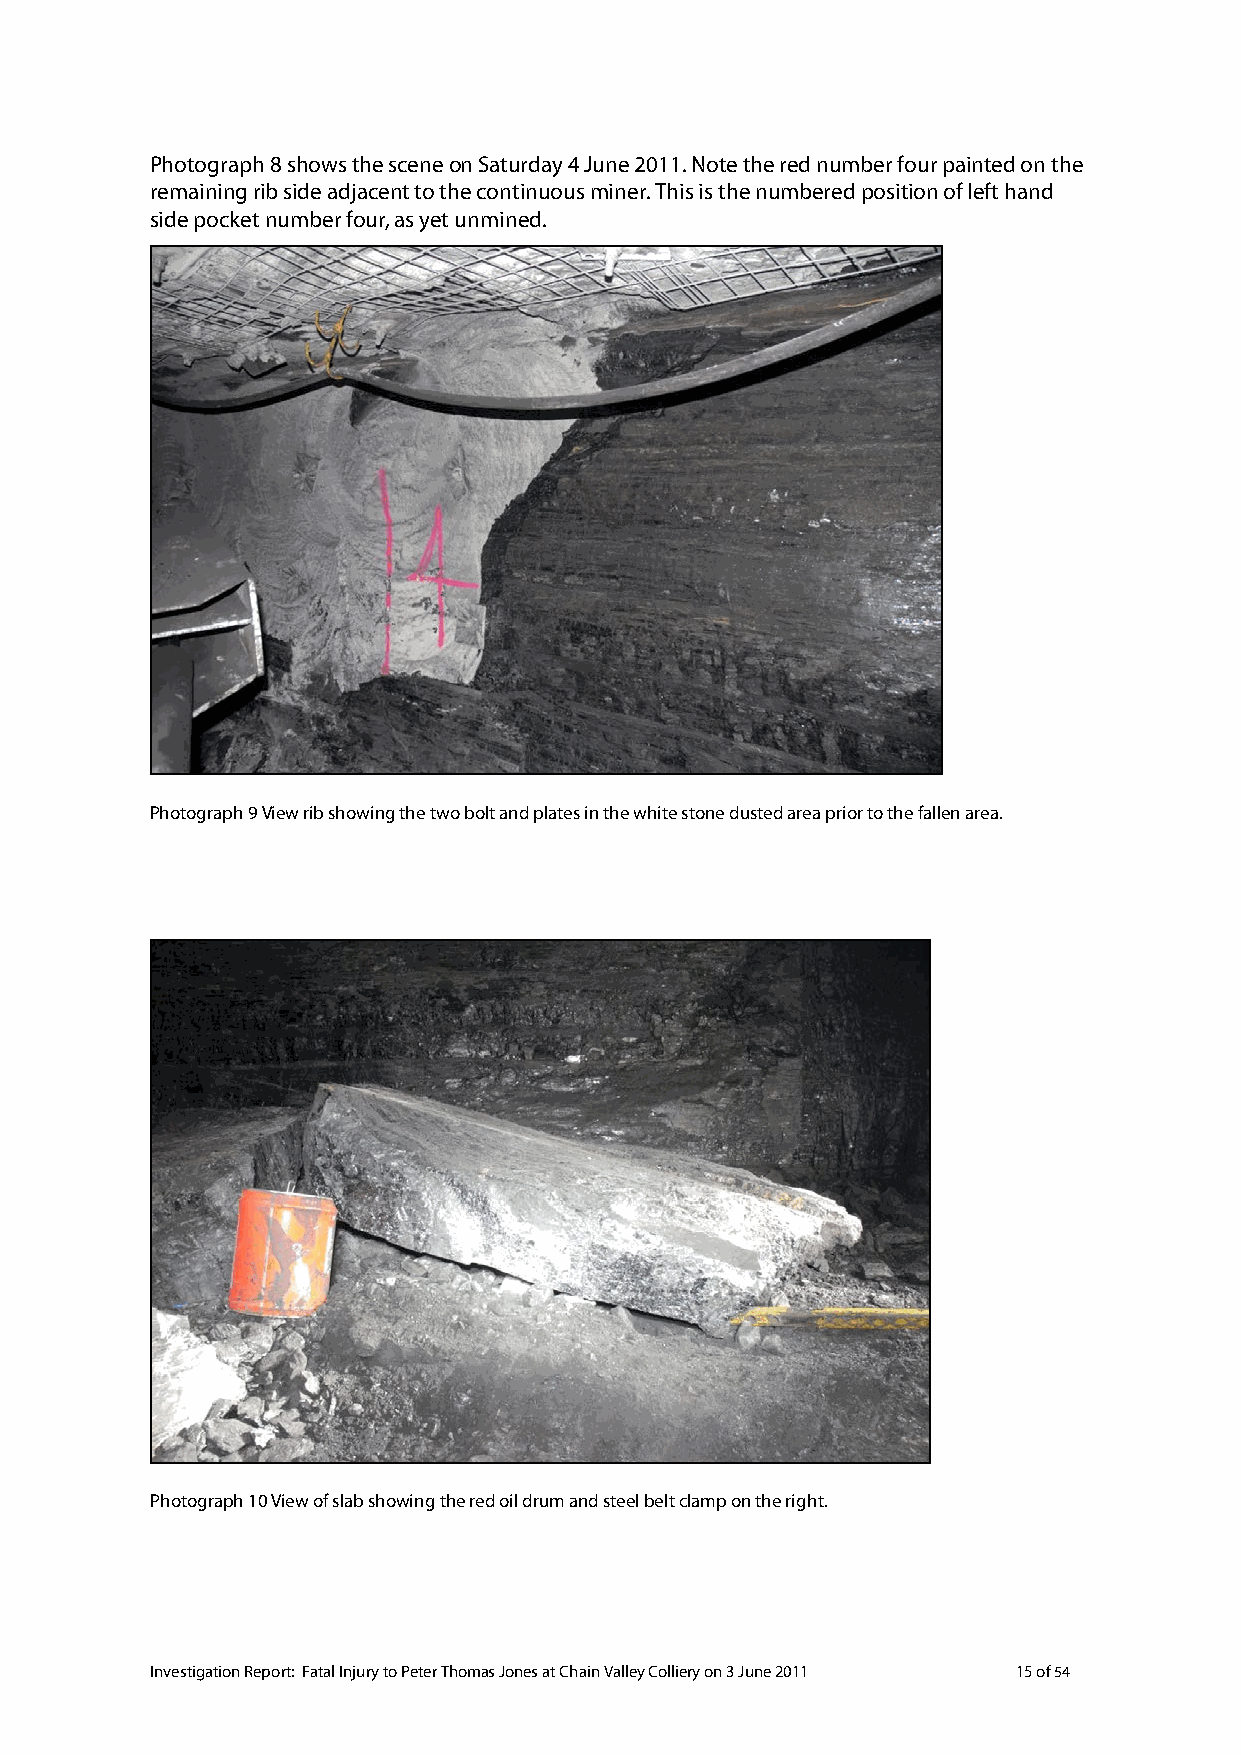
Photograph 8 shows the scene on Saturday 4 June 2011. Note the red number four painted on the
 remaining rib side adjacent to the continuous miner. This is the numbered position of left hand
 side pocket number four, as yet unmined.
 Photograph 9 View rib showing the two bolt and plates in the white stone dusted area prior to the fallen area.
 Photograph 10 View of slab showing the red oil drum and steel belt clamp on the right.
 Investigation Report: Fatal Injury to Peter Thomas Jones at Chain Valley Colliery on 3 June 2011 15 of 54